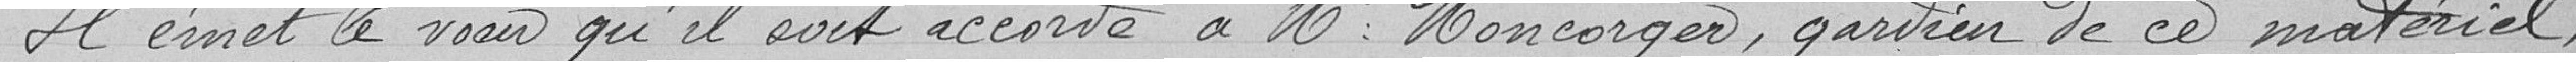
Il émet le voeu qu'il soit accordé à Mr Moncorger, gardien de ce matériel,